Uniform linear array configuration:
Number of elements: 4
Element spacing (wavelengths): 0.75
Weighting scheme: cosine
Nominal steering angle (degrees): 45
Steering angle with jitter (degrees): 45.032
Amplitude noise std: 0.05
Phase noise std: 0.05

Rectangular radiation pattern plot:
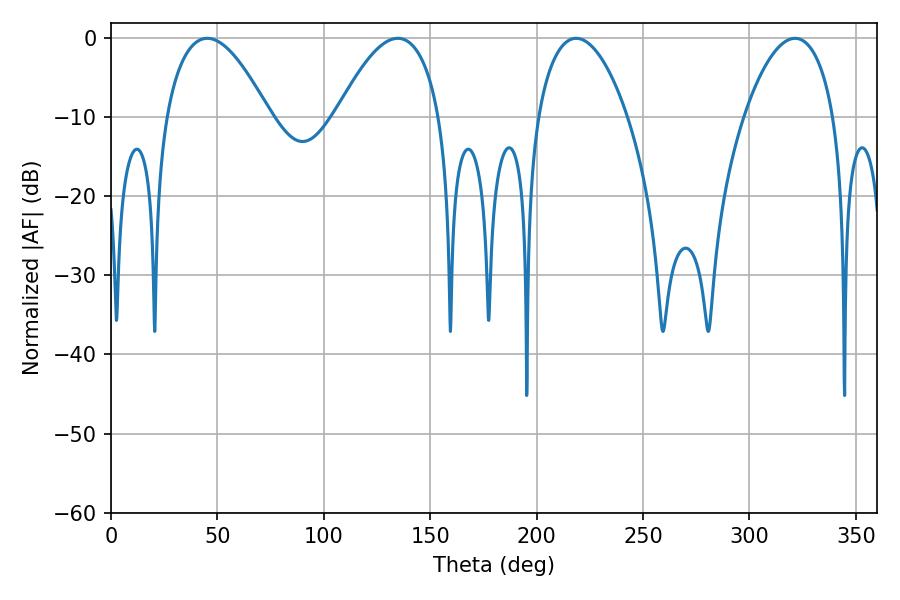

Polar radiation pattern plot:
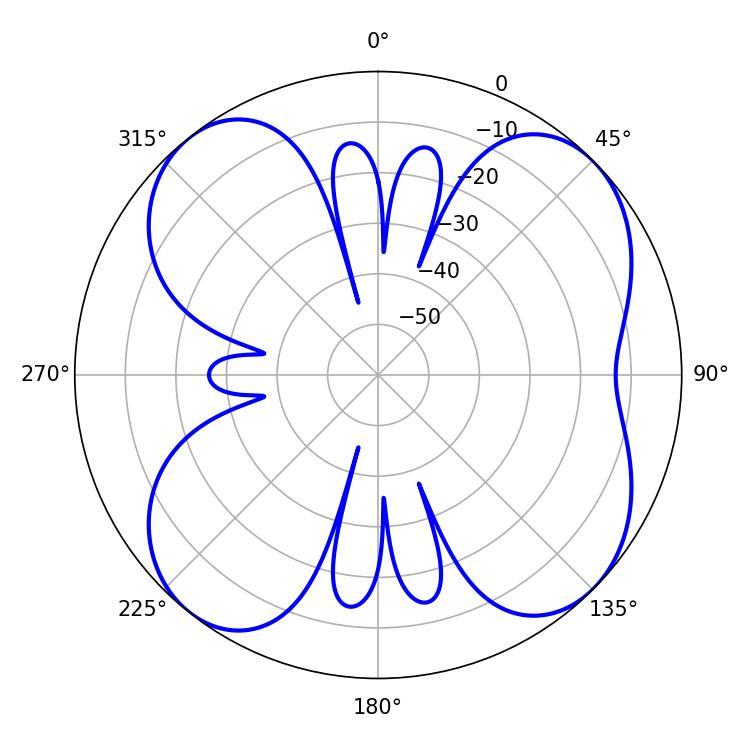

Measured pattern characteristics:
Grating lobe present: TRUE
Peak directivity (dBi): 10.09
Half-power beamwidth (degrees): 26.82
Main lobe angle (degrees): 45.18